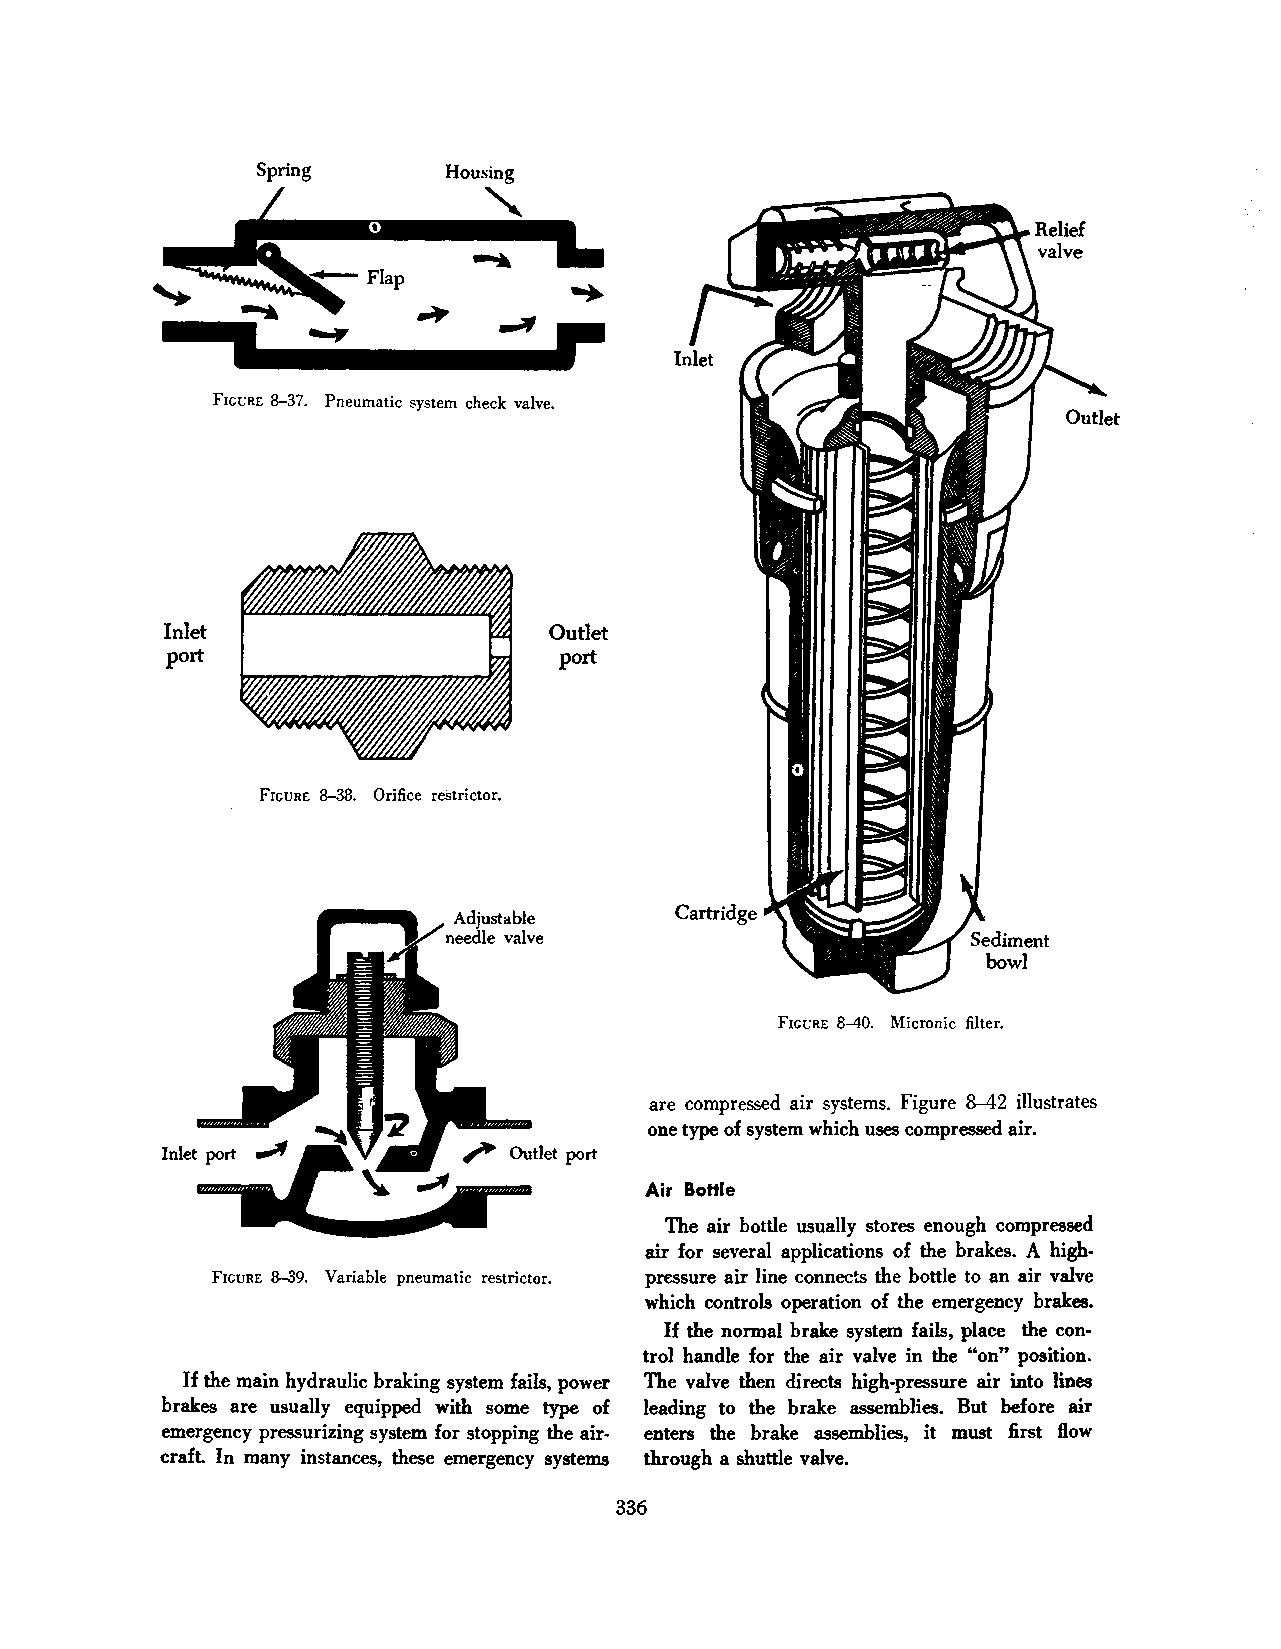
Spring       Housing
 "
 ~*;bp                -.   ,L. ...
 .,.
 ....,
 5                ~
 FIGURE 8-37. Pneumatic system check valve.
 Inlet                     Outlet
 port                      port
 FIGURE 8-38. Orifice restrictor.
 Cartridge
 FIGURE 8-40. Micronic filter.
 are compressed air systems. Figure 8-42 illustrates
 one type of system which uses compressed air.
 Air BoHle
 The air bottle usually stores enough compressed
 air for several applications of the brakes. A high
 FIGURE 8-39. Variable pneumatic restrictor. pressure air line connects the bottle to an air valve
 which controls operation of the emergency brakes.
 If the normal brake system fails, place the con·
 trol handle for the air valve in the "on" position.
 If the main hydraulic braking system fails, power The valve then directs high-pressure air into lines
 brakes are usually equipped with some type of leading to the brake assemblies. But before air
 emergency pressurizing system for stopping the air enters the brake assemblies, it must first flow
 craft. In many instances, these emergency systems through a shuttle valve.
 336